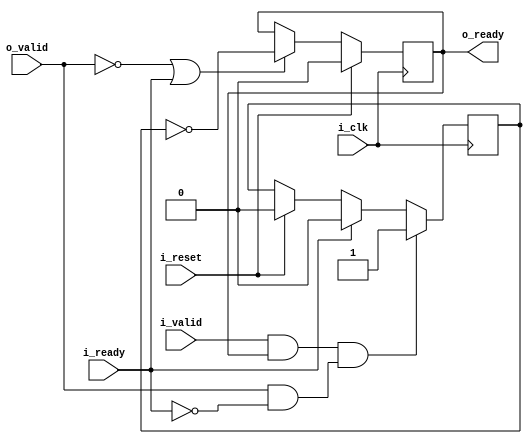
module ready_dp
(
	input	wire	i_clk, i_reset, i_valid, i_ready, o_valid,
	output	reg	o_ready
);

reg r_ready;

always@(posedge i_clk)
	begin
		if(i_reset)
		r_ready <= 0;
		if((i_valid && o_ready) && (o_valid && !i_ready))
		r_ready <= 1;
		else if(i_ready)
		r_ready  <= 0;
	end

initial	o_ready = 0;	//reg out
always@(posedge i_clk)
	begin
		if(i_reset)
			o_ready <= 0;
		else if(!o_valid || i_ready) //Never stop
			o_ready <= !r_ready;
	end
	
endmodule